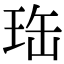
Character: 珤